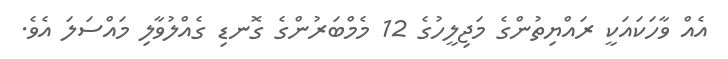
އެއް ވާހަކައަކީ ރައްޔިތުންގެ މަޖިލީހުގެ 12 މެމްބަރުންގެ ގޮނޑި ގެއްލުވާލި މައްސަލަ އެވެ.